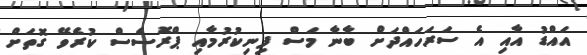
އައްޑު އާއި އެ ސަރަހައްދަށް ބާނާ މަސް ފިނިކުރުމާއި ޕްރޮސެސް ކުރެވޭ ގޮތަށް